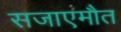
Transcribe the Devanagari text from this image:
सजाएमौत